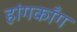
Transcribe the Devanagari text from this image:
हांगकाँग